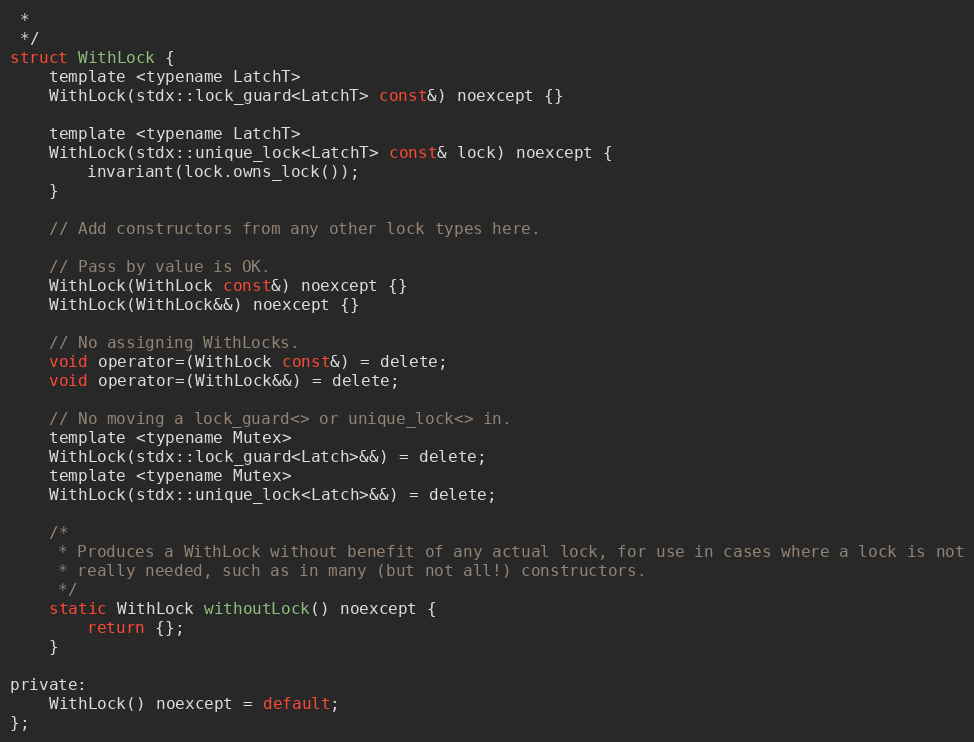
Language: C
 *
 */
struct WithLock {
    template <typename LatchT>
    WithLock(stdx::lock_guard<LatchT> const&) noexcept {}

    template <typename LatchT>
    WithLock(stdx::unique_lock<LatchT> const& lock) noexcept {
        invariant(lock.owns_lock());
    }

    // Add constructors from any other lock types here.

    // Pass by value is OK.
    WithLock(WithLock const&) noexcept {}
    WithLock(WithLock&&) noexcept {}

    // No assigning WithLocks.
    void operator=(WithLock const&) = delete;
    void operator=(WithLock&&) = delete;

    // No moving a lock_guard<> or unique_lock<> in.
    template <typename Mutex>
    WithLock(stdx::lock_guard<Latch>&&) = delete;
    template <typename Mutex>
    WithLock(stdx::unique_lock<Latch>&&) = delete;

    /*
     * Produces a WithLock without benefit of any actual lock, for use in cases where a lock is not
     * really needed, such as in many (but not all!) constructors.
     */
    static WithLock withoutLock() noexcept {
        return {};
    }

private:
    WithLock() noexcept = default;
};